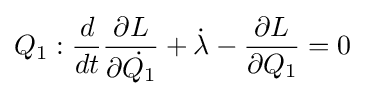
Q_{1}:{\frac {d}{dt}}{\frac {\partial L}{\partial {\dot {Q_{1}}}}}+{\dot {\lambda }}-{\frac {\partial L}{\partial Q_{1}}}=0